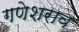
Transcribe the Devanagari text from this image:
गणेशराव